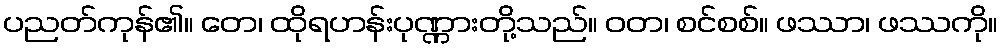
ပညတ်ကုန်၏။ တေ၊ ထိုရဟန်းပုဏ္ဏားတို့သည်။ ဝတ၊ စင်စစ်။ ဖဿာ၊ ဖဿကို။